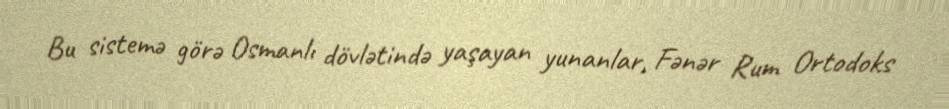
Bu sistemə görə Osmanlı dövlətində yaşayan yunanlar, Fənər Rum Ortodoks